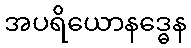
အပရိယောနဒ္ဓေန